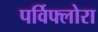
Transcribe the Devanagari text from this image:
पर्विफ्लोरा